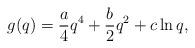
LaTeX: \begin{align*}g(q) = \frac{a}{4}q^4 + \frac{b}{2}q^2 + c \ln{q}, \end{align*}